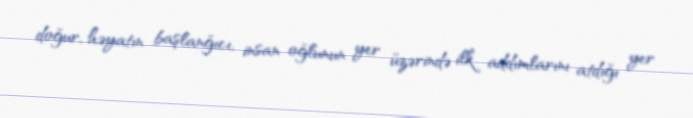
doğur, həyatın başlanğıcı, insan oğlunun yer üzərində ilk addımlarını atdığı yer